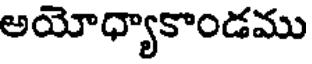
అయోధ్యాకాండము